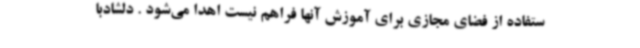
ستفاده از فضای مجازی برای آموزش آنها فراهم نیست اهدا می‌شود . دلشادبا